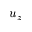
u _ { z }